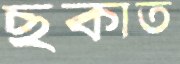
ছকাত